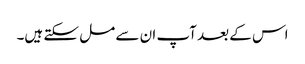
اس کے بعد آپ ان سے مل سکتے ہیں۔